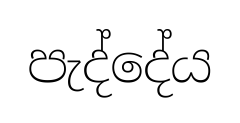
පැද්දේය